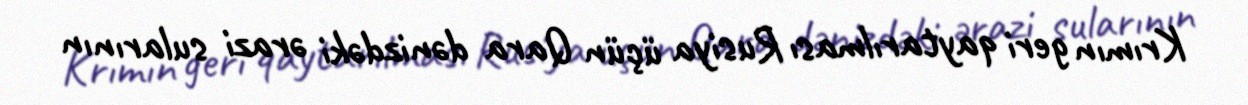
Krımın geri qaytarılması Rusiya üçün Qara dənizdəki ərazi sularının